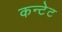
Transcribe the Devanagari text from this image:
कन्टेट